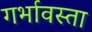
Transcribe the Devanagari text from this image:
गर्भावस्ता